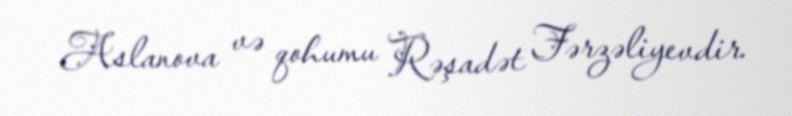
Aslanova və qohumu Rəşadət Fərzəliyevdir.